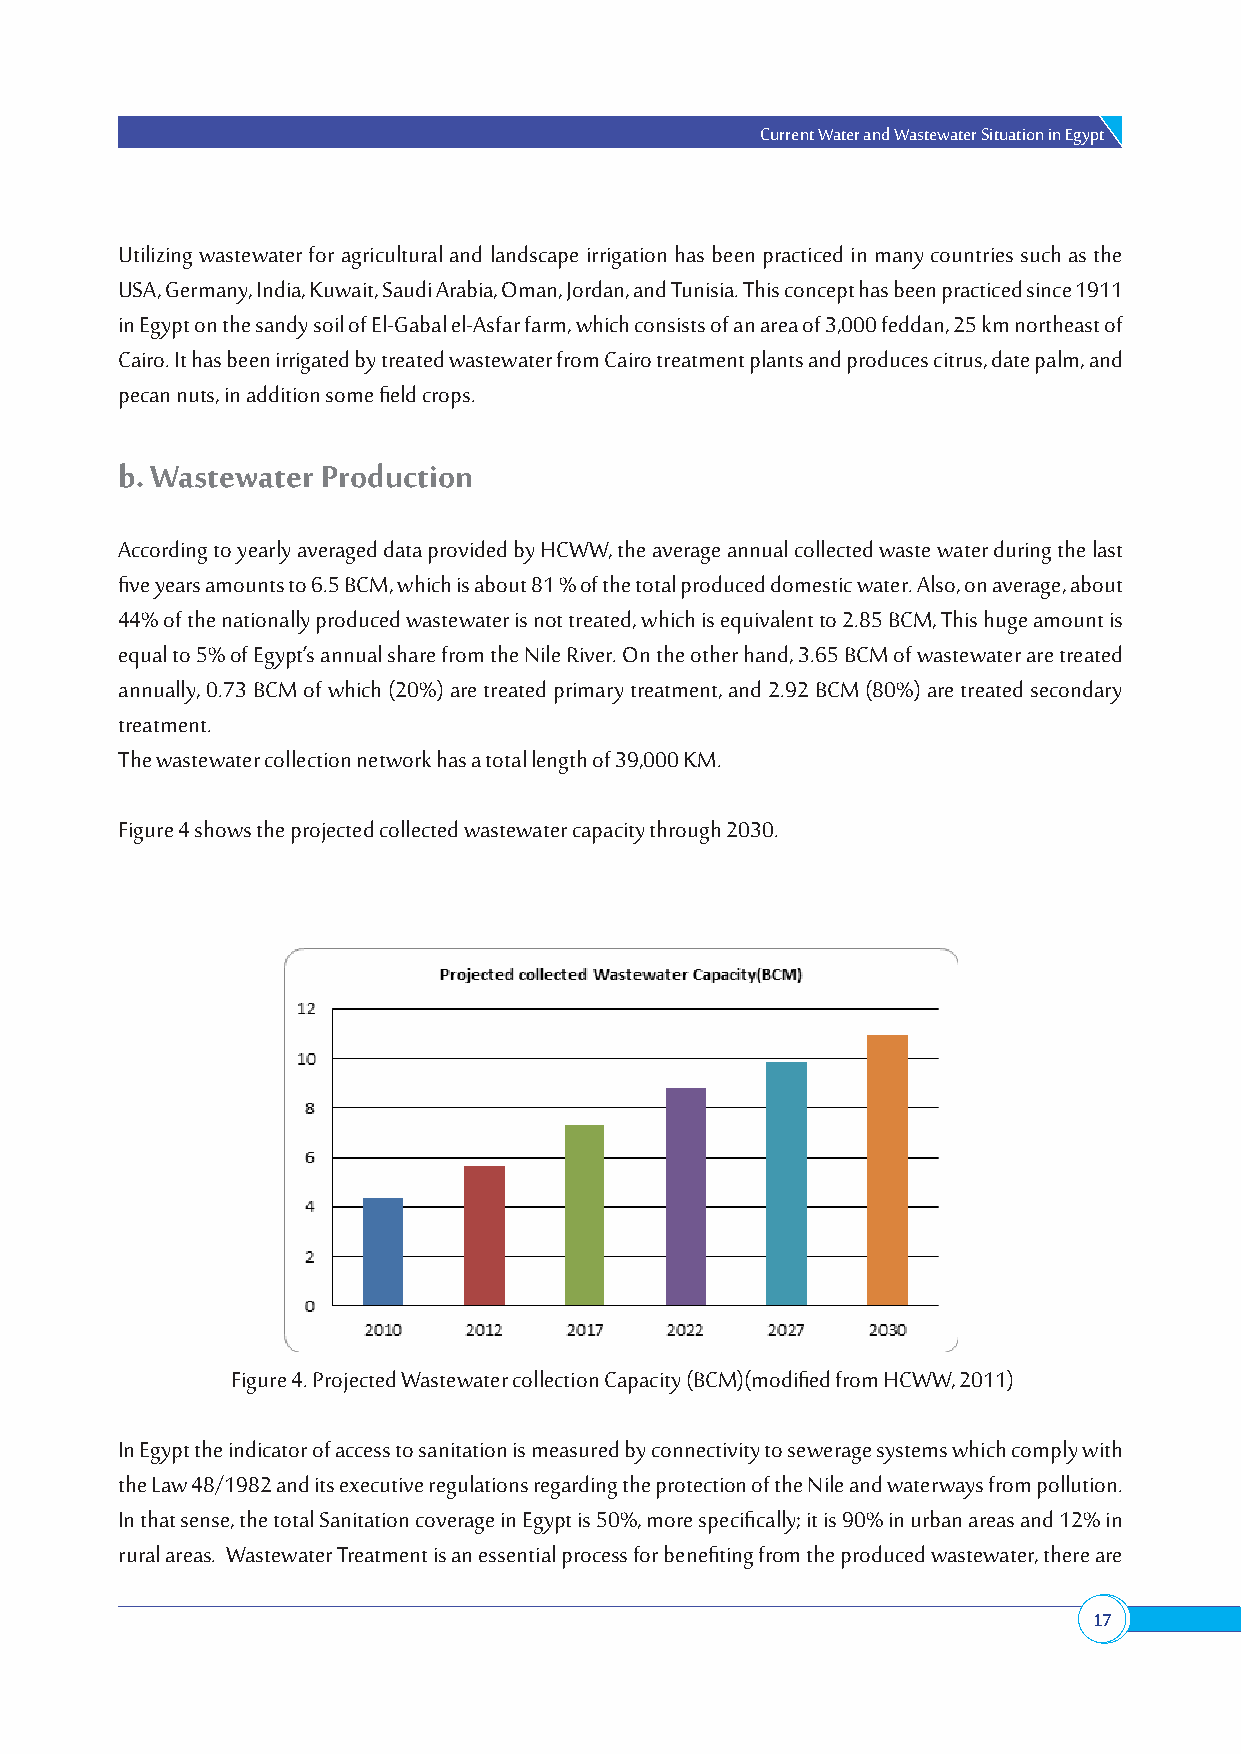
Current Water and Wastewater Situation in Egypt
 Utilizing wastewater for agricultural and landscape irrigation has been practiced in many countries such as the
 USA, Germany, India, Kuwait, Saudi Arabia, Oman, Jordan, and Tunisia. This concept has been practiced since 1911
 in Egypt on the sandy soil of El-Gabal el-Asfar farm, which consists of an area of 3,000 feddan, 25 km northeast of
 Cairo. It has been irrigated by treated wastewater from Cairo treatment plants and produces citrus, date palm, and
 pecan nuts, in addition some field crops.
 b. Wastewater Production
 According to yearly averaged data provided by HCWW, the average annual collected waste water during the last
 five years amounts to 6.5 BCM, which is about 81 % of the total produced domestic water. Also, on average, about
 44% of the nationally produced wastewater is not treated, which is equivalent to 2.85 BCM, This huge amount is
 equal to 5% of Egypt’s annual share from the Nile River. On the other hand, 3.65 BCM of wastewater are treated
 annually, 0.73 BCM of which (20%) are treated primary treatment, and 2.92 BCM (80%) are treated secondary
 treatment.
 The wastewater collection network has a total length of 39,000 KM.
 Figure 4 shows the projected collected wastewater capacity through 2030.
 Figure 4. Projected Wastewater collection Capacity (BCM)(modified from HCWW, 2011)
 In Egypt the indicator of access to sanitation is measured by connectivity to sewerage systems which comply with
 the Law 48/1982 and its executive regulations regarding the protection of the Nile and waterways from pollution.
 In that sense, the total Sanitation coverage in Egypt is 50%, more specifically; it is 90% in urban areas and 12% in
 rural areas. Wastewater Treatment is an essential process for benefiting from the produced wastewater, there are
 17